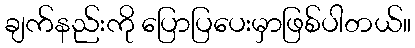
ချက်နည်းကို ပြောပြပေးမှာဖြစ်ပါတယ်။